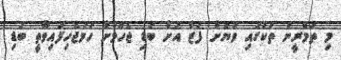
މި ތަމްރީނު ތަކުގައި ވަޔަށް ފަޒާ އަށް ބަޑި ޖެހުމަށް ހަމަޖެހިފައިވާތީ ބަޑި